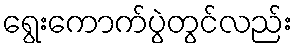
ရွေးကောက်ပွဲတွင်လည်း